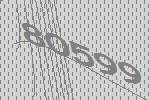
80599